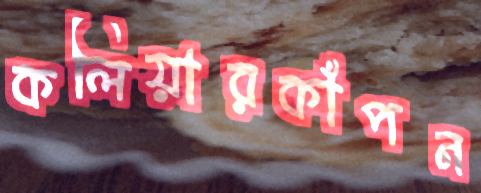
কলিয়ারকাঁপন